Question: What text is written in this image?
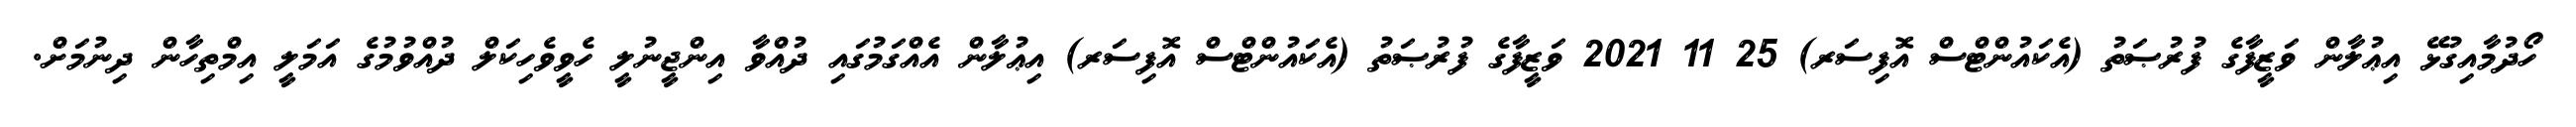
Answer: ހޯދުމާއިގުޅޭ އިޢުލާން ވަޒީފާގެ ފުރުޞަތު (އެކައުންޓްސް އޮފިސަރ) 25 11 2021 ވަޒީފާގެ ފުރުޞަތު (އެކައުންޓްސް އޮފިސަރ) އިޢުލާން އެއްގަމުގައި ދުއްވާ އިންޖީނުލީ ހެވީވެހިކަލް ދުއްވުމުގެ އަމަލީ އިމްތިހާން ދިނުމަށް.